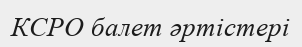
КСРО балет әртістері